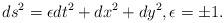
LaTeX: \begin{align*} ds^{2}= \epsilon dt^{2}+dx^2 + dy^2, \epsilon=\pm1. \end{align*}